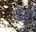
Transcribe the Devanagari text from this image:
फ़ेंग